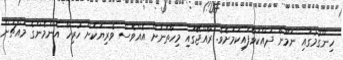
ހިންގުމުގައި ނަމޫނާ ދައްކަވާފައިކަމަށެވެ. ރާއްޖޭގައި މިހާތަނަށް އެއްވެސް ވެރިޔަކަށް ހުރިހާ އެންމެންގެ މައްޗަށް